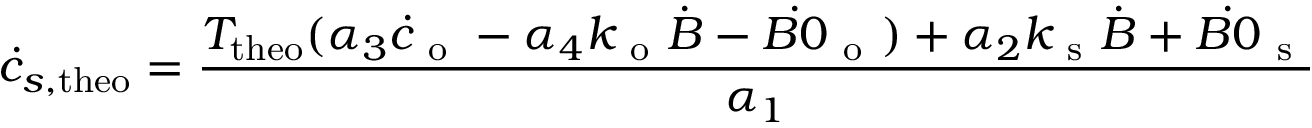
\dot { c } _ { s , \mathrm { t h e o } } = \frac { T _ { \mathrm { t h e o } } ( \alpha _ { 3 } \dot { c } _ { \mathrm { ~ o ~ } } - \alpha _ { 4 } k _ { \mathrm { ~ o ~ } } \dot { B } - \dot { B 0 } _ { \mathrm { ~ o ~ } } ) + \alpha _ { 2 } k _ { \mathrm { ~ s ~ } } \dot { B } + \dot { B 0 } _ { \mathrm { ~ s ~ } } } { \alpha _ { 1 } }